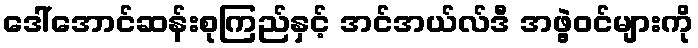
ဒေါ်အောင်ဆန်းစုကြည်နှင့် အင်အယ်လ်ဒီ အဖွဲ့ဝင်များကို